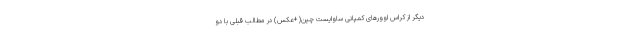
دیگر از کراس اوورهای کمپانی ساوایست چین(+عکس) در مطالب قبلی با دو